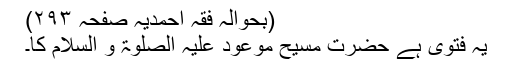
(بحوالہ فقہ احمدیہ صفحہ ۲۹۳)
یہ فتویٰ ہے حضرت مسیح موعود علیہ الصلوٰۃ و السلام کا۔